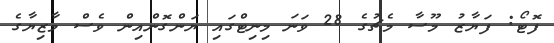
ފޮޓޯ: ފަޔާޒު މޫސާ މެޗުގެ 28 ވަނަ މިނިޓްގައި ޔަންގޮންއިން ވެސް މާޒިޔާގެ